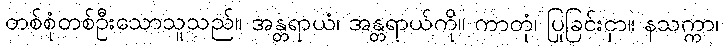
တစ်စုံတစ်ဦးသောသူသည်။ အန္တရာယံ၊ အန္တရာယ်ကို။ ကာတုံ၊ ပြုခြင်းငှာ။ နသက္ကာ၊